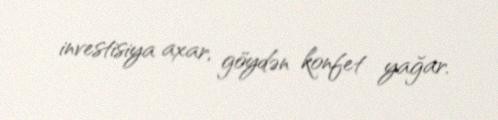
investisiya axar, göydən konfet yağar.